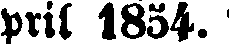
pril 1854.